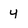
Character: y